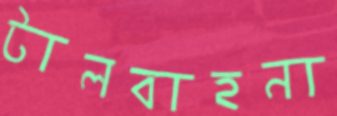
টালবাহনা